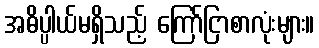
အဓိပ္ပါယ်မရှိသည့် ကြော်ငြာစာလုံးများ။